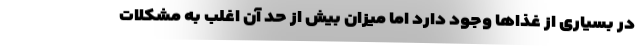
در بسیاری از غذاها وجود دارد اما میزان بیش از حد آن اغلب به مشکلات